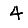
Digit: 4